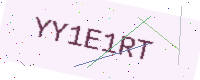
Text: YY1E1RT